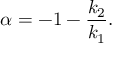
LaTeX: \alpha = - 1 - \frac { k _ { 2 } } { k _ { 1 } } .